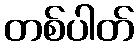
တစ်ပါတ်